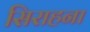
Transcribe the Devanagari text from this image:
सिराहना